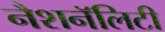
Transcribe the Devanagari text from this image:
नैशनॅलिटी